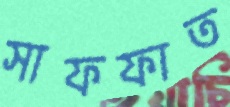
সাফফাত